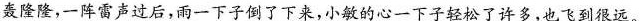
轰隆隆，一阵雷声过后，雨一下子倒了下来，小敏的心一下子轻松了许多，也飞到很远。